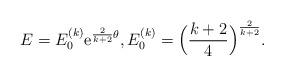
LaTeX: \begin{align*}E= E_0^{(k)} {\rm e}^{\frac{2}{k+2}\theta}, E_0^{(k)}=\Bigl(\frac{k+2}{4}\Bigr)^{\frac{2}{k+2}}.\end{align*}